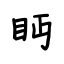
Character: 眄